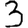
Digit: 3